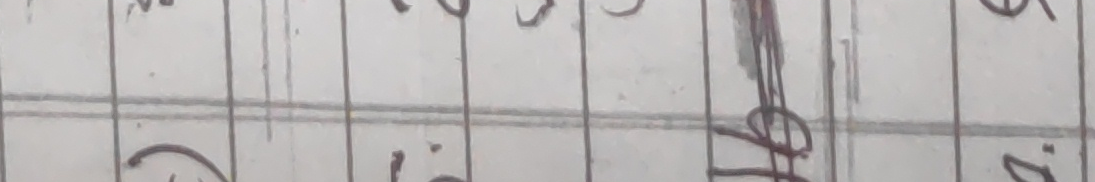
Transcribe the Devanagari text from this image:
रु घ ज क ७ ७
(१) १०१ रु ध २.